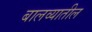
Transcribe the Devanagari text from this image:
बालव्यातील